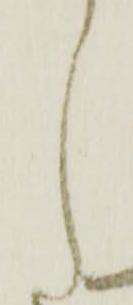
し